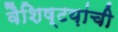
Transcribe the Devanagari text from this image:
वैशिष्टय़ांची